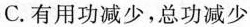
C. 有用功减少，总功减少